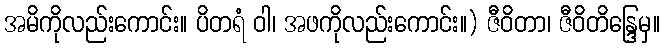
အမိကိုလည်းကောင်း။ ပိတရံ ဝါ၊ အဖကိုလည်းကောင်း။) ဇီဝိတာ၊ ဇီဝိတိန္ဒြေမှ။